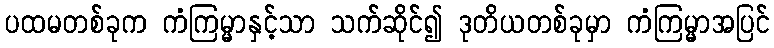
ပထမတစ်ခုက ကံကြမ္မာနှင့်သာ သက်ဆိုင်၍ ဒုတိယတစ်ခုမှာ ကံကြမ္မာအပြင်